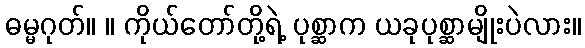
ဓမ္မဂုတ်။ ။ ကိုယ်တော်တို့ရဲ့ ပုစ္ဆာက ယခုပုစ္ဆာမျိုးပဲလား။